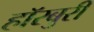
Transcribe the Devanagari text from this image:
हॉरबुरी